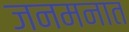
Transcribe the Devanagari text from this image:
जनमनात